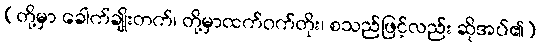
(တို့မှာ ခေါက်ချိုးတက်၊ တို့မှာထက်ဝက်တိုး၊ စသည်ဖြင့်လည်း ဆိုအပ်၏)